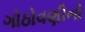
ગોઠોવણીનો